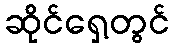
ဆိုင်ရှေ့တွင်